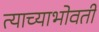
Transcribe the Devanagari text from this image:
त्याच्याभोवतीं